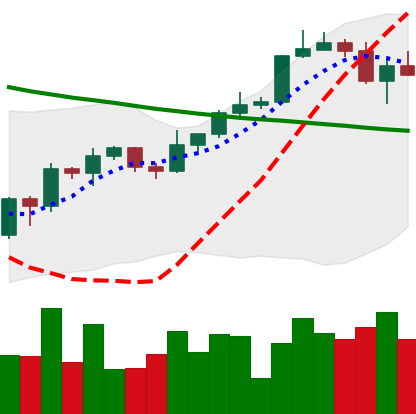
Ticker: BTC-USD
Chart end date: 2022-04-02
Forward return: -5.156%
Label: down_5_7